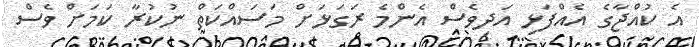
އެ ކުއްޖާގެ އެއްފަޅި އަދިވެސް އެންމެ ރަގަޅަށް މަސައްކަތް ނުކުރާ ކަމަށް ވެސް